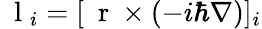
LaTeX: \mathrm{~\mathbf~l~}_{i}=[\mathrm{~\mathbf~r~}\times(-i\hbar\nabla)]_{i}